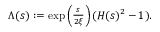
\begin{array} { r } { \Lambda ( s ) : = \exp \left( \frac { s } { 2 \xi } \right) ( H ( s ) ^ { 2 } - 1 ) . } \end{array}